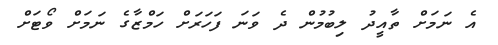
އެ ނަމަށް ތާއީދު ލިބުމުން ދެ ވަނަ ފަހަރަށް ހަމްޒާގެ ނަމަށް ވޯޓަށް